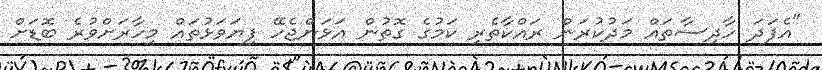
"އެފަދަ ހާދިސާތައް މަދުކުރަން ރައްކާތެރި ކަމުގެ ގޮތުން އަޅަންޖެހޭ ފިޔަވަޅުތައް މިހާރަށްވުރެ ބޮޑަށް